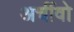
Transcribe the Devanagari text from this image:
अर्चीवो